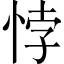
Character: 悖